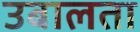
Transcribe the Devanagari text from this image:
उबालता